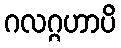
ဂလဂ္ဂဟာပိ